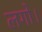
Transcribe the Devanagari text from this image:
लगो।